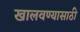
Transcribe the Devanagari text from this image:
खालवण्यासाठी